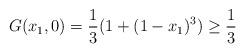
LaTeX: \begin{align*}G(x_1,0)=\frac 13(1+(1-x_1)^3) \geq \frac 13\end{align*}